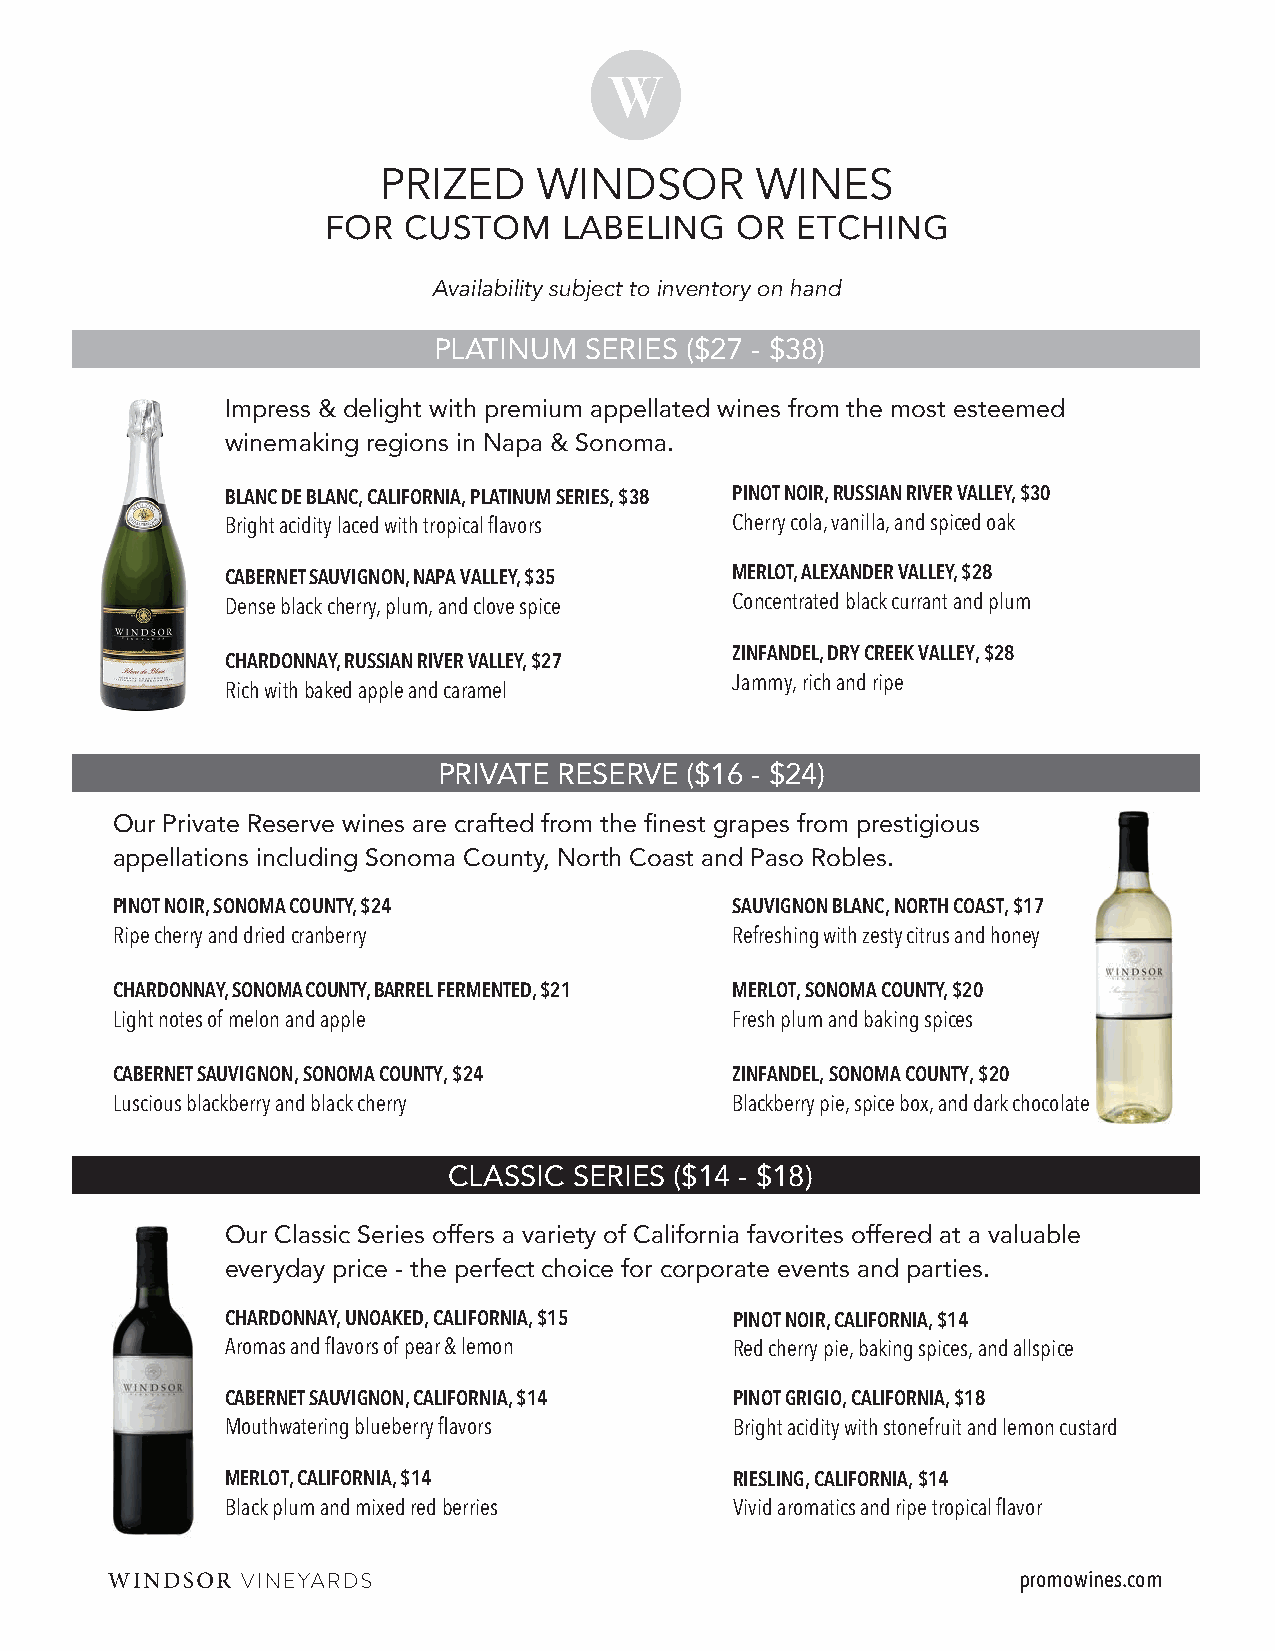
PRIZED     WINDSOR       WINES
 FOR   CUSTOM    LABELING    OR  ETCHING
 Availability subject to inventory on hand
 PLATINUM  SERIES ($27 - $38)
 Impress & delight with premium appellated wines from the most esteemed
 winemaking regions in Napa & Sonoma.
 BLANC DE BLANC, CALIFORNIA, PLATINUM SERIES, $38 PINOT NOIR, RUSSIAN RIVER VALLEY, $30
 Bright acidity laced with tropical flavors Cherry cola, vanilla, and spiced oak
 CABERNET SAUVIGNON, NAPA VALLEY, $35 MERLOT, ALEXANDER VALLEY, $28
 Dense black cherry, plum, and clove spice Concentrated black currant and plum
 ZINFANDEL, DRY CREEK VALLEY, $28
 CHARDONNAY, RUSSIAN RIVER VALLEY, $27
 Jammy, rich and ripe
 Rich with baked apple and caramel
 PRIVATE RESERVE ($16 - $24)
 Our Private Reserve wines are crafted from the finest grapes from prestigious
 appellations including Sonoma County, North Coast and Paso Robles.
 PINOT NOIR, SONOMA COUNTY, $24           SAUVIGNON BLANC, NORTH COAST, $17
 Ripe cherry and dried cranberry          Refreshing with zesty citrus and honey
 CHARDONNAY, SONOMA COUNTY, BARREL FERMENTED, $21 MERLOT, SONOMA COUNTY, $20
 Light notes of melon and apple           Fresh plum and baking spices
 CABERNET SAUVIGNON, SONOMA COUNTY, $24   ZINFANDEL, SONOMA COUNTY, $20
 Luscious blackberry and black cherry     Blackberry pie, spice box, and dark chocolate
 CLASSIC SERIES ($14 - $18)
 Our Classic Series offers a variety of California favorites offered at a valuable
 everyday price - the perfect choice for corporate events and parties.
 CHARDONNAY, UNOAKED, CALIFORNIA, $15 PINOT NOIR, CALIFORNIA, $14
 Aromas and flavors of pear & lemon Red cherry pie, baking spices, and allspice
 CABERNET SAUVIGNON, CALIFORNIA, $14 PINOT GRIGIO, CALIFORNIA, $18
 Mouthwatering blueberry flavors   Bright acidity with stonefruit and lemon custard
 MERLOT, CALIFORNIA, $14           RIESLING, CALIFORNIA, $14
 Black plum and mixed red berries  Vivid aromatics and ripe tropical flavor
 promowines.com